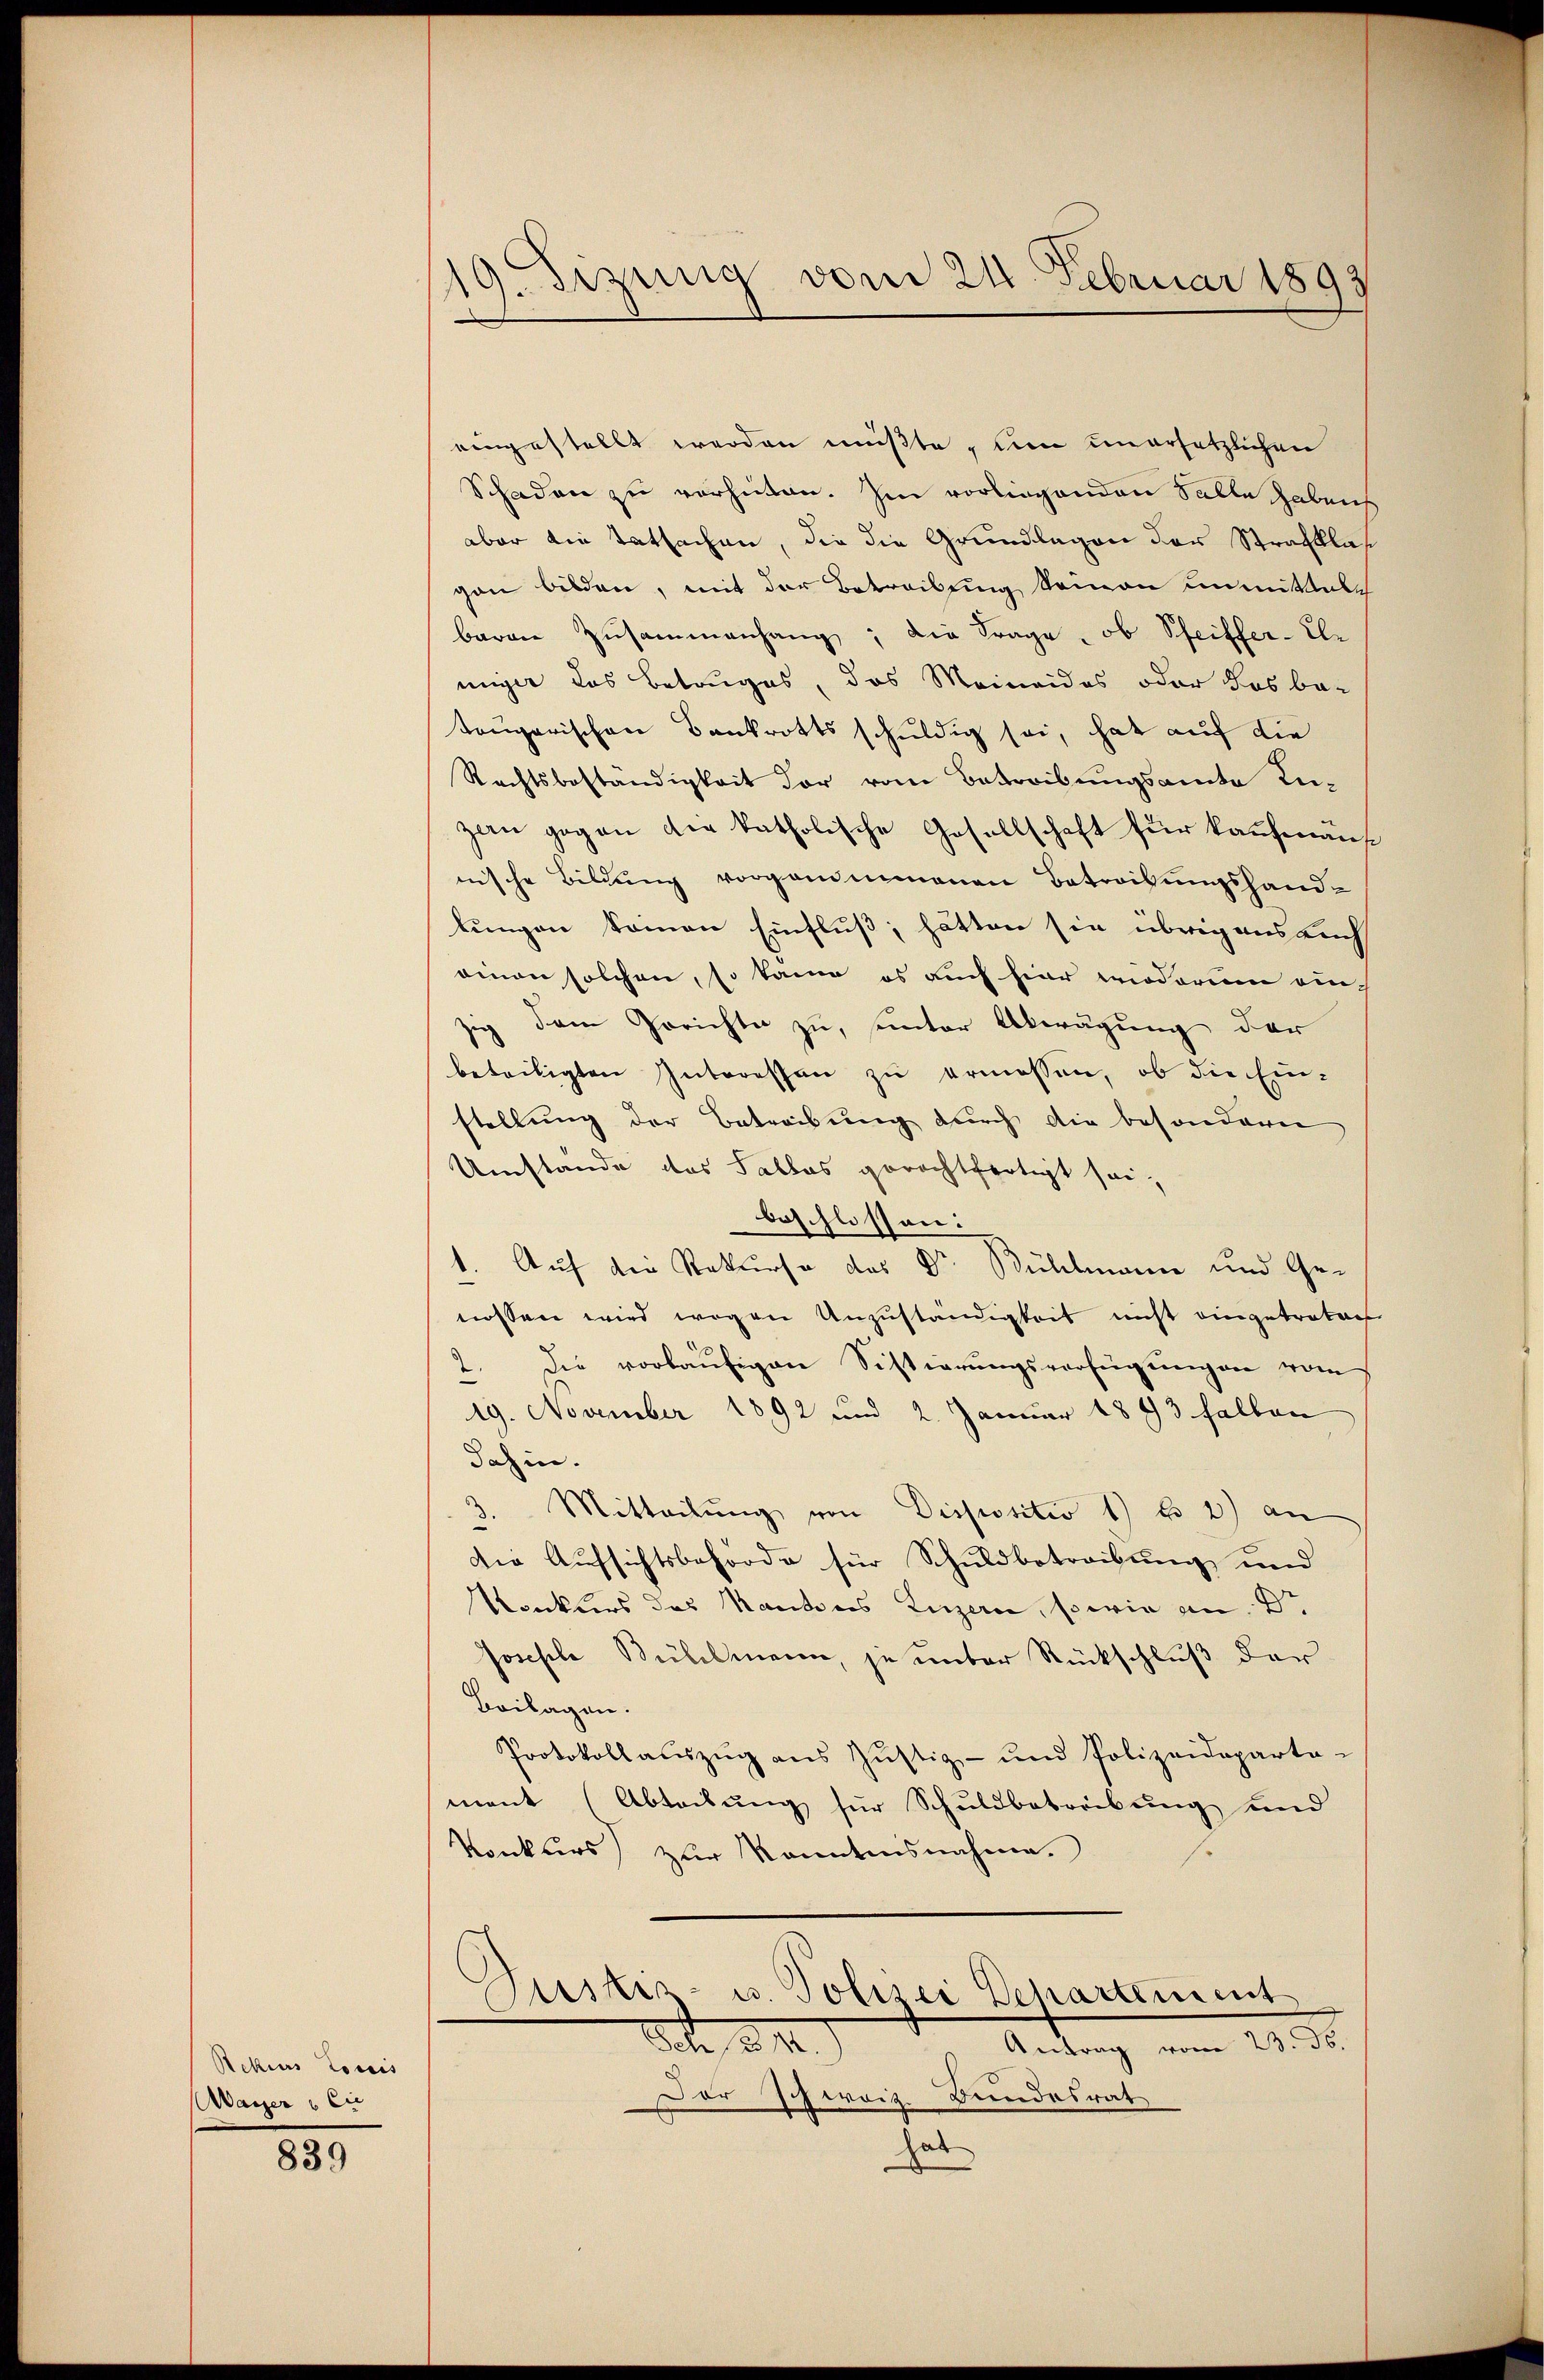
Rekius Louis
Wayer & Cie

839

19. Jizung vom 24. Februar 1893

eingestellt werden müßte, den unersetzlichen
Schaden zu verhüten. Im vorliegenden Falle haben
aber die Tatsachen, die die Grundlagen der Strafklas
gau bilden, mit der Betreibung seinen unmittelch
baren Zusammenhang; die Frage, ob Schriffer-Er
niger das Betruges, das Meineides oder das be-
teugarischen Bankrotts schuldig sei, hat auf die
Rechtsbeständigkeit der vom Betreibungsamte Inzan gegen die katholische Gesellschaft für kaufmäns
nische Bildung vorgenommenen Betreibungshandlungen kommen Einfluß, hätten sie übrig aus auch
amen solchen, so kann es auch hier wiederum einzig dem Gerichte zu, unter Abwägung der
beteiligten Interessen zu ermessen, ob die Ein-
stellung der Betreibung durch die besonderen
Umstände das Salbes gerechtfertigt sei,
beschlossen:
1. Auf die Rekurse des Dr. Bühlmann und Genossen wird wegen Unzuständigkeit nicht eingetreten
2. Die vorläufigen Sistierungsverfügungen vom
19. November 1892 und 2. Januar 1843 fallen
dahin.
Mitteilŭng von Dispositiv 1) u. 2) an
die Aufsichtsbehörde für Schuldbetreibung und
Kanklers des Kantons Luzern, sowie an Dr
sonische Bühlmann, je unter Rückschluß der
Beilagen.
Protokoll aŭszŭg ans Jŭstiz- und Polizeideparta-
ment (Abteilung für Schuldbetreibung und
Konkurs zur kanntensnahme.
Justiz- u. Polizei Departement
Sch 24
Antrag vom 23. ds.
Der Schweiz. Bundesrat
hat